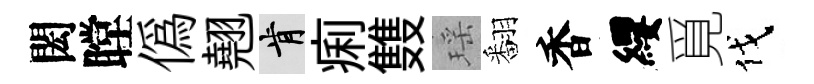
閎瞠偽翹肯痢䨇瑶翻香纓覓伐